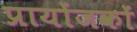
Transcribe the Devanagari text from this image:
प्रायोंजकों